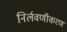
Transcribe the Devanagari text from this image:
निर्लवणीकरण